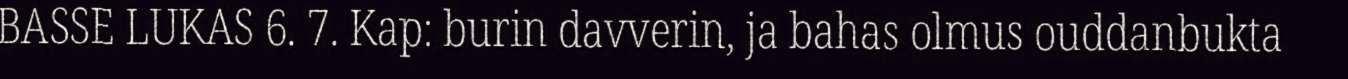
BASSE LUKAS 6. 7. Kap: burin davverin, ja bahas olmus ouddanbukta